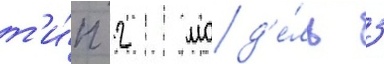
т'и́п 2 мод'е́ль 3